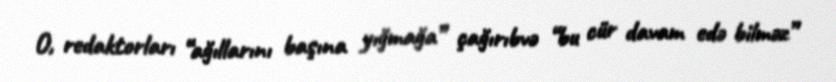
O, redaktorları “ağıllarını başına yığmağa” çağırıbvə “bu cür davam edə bilməz”